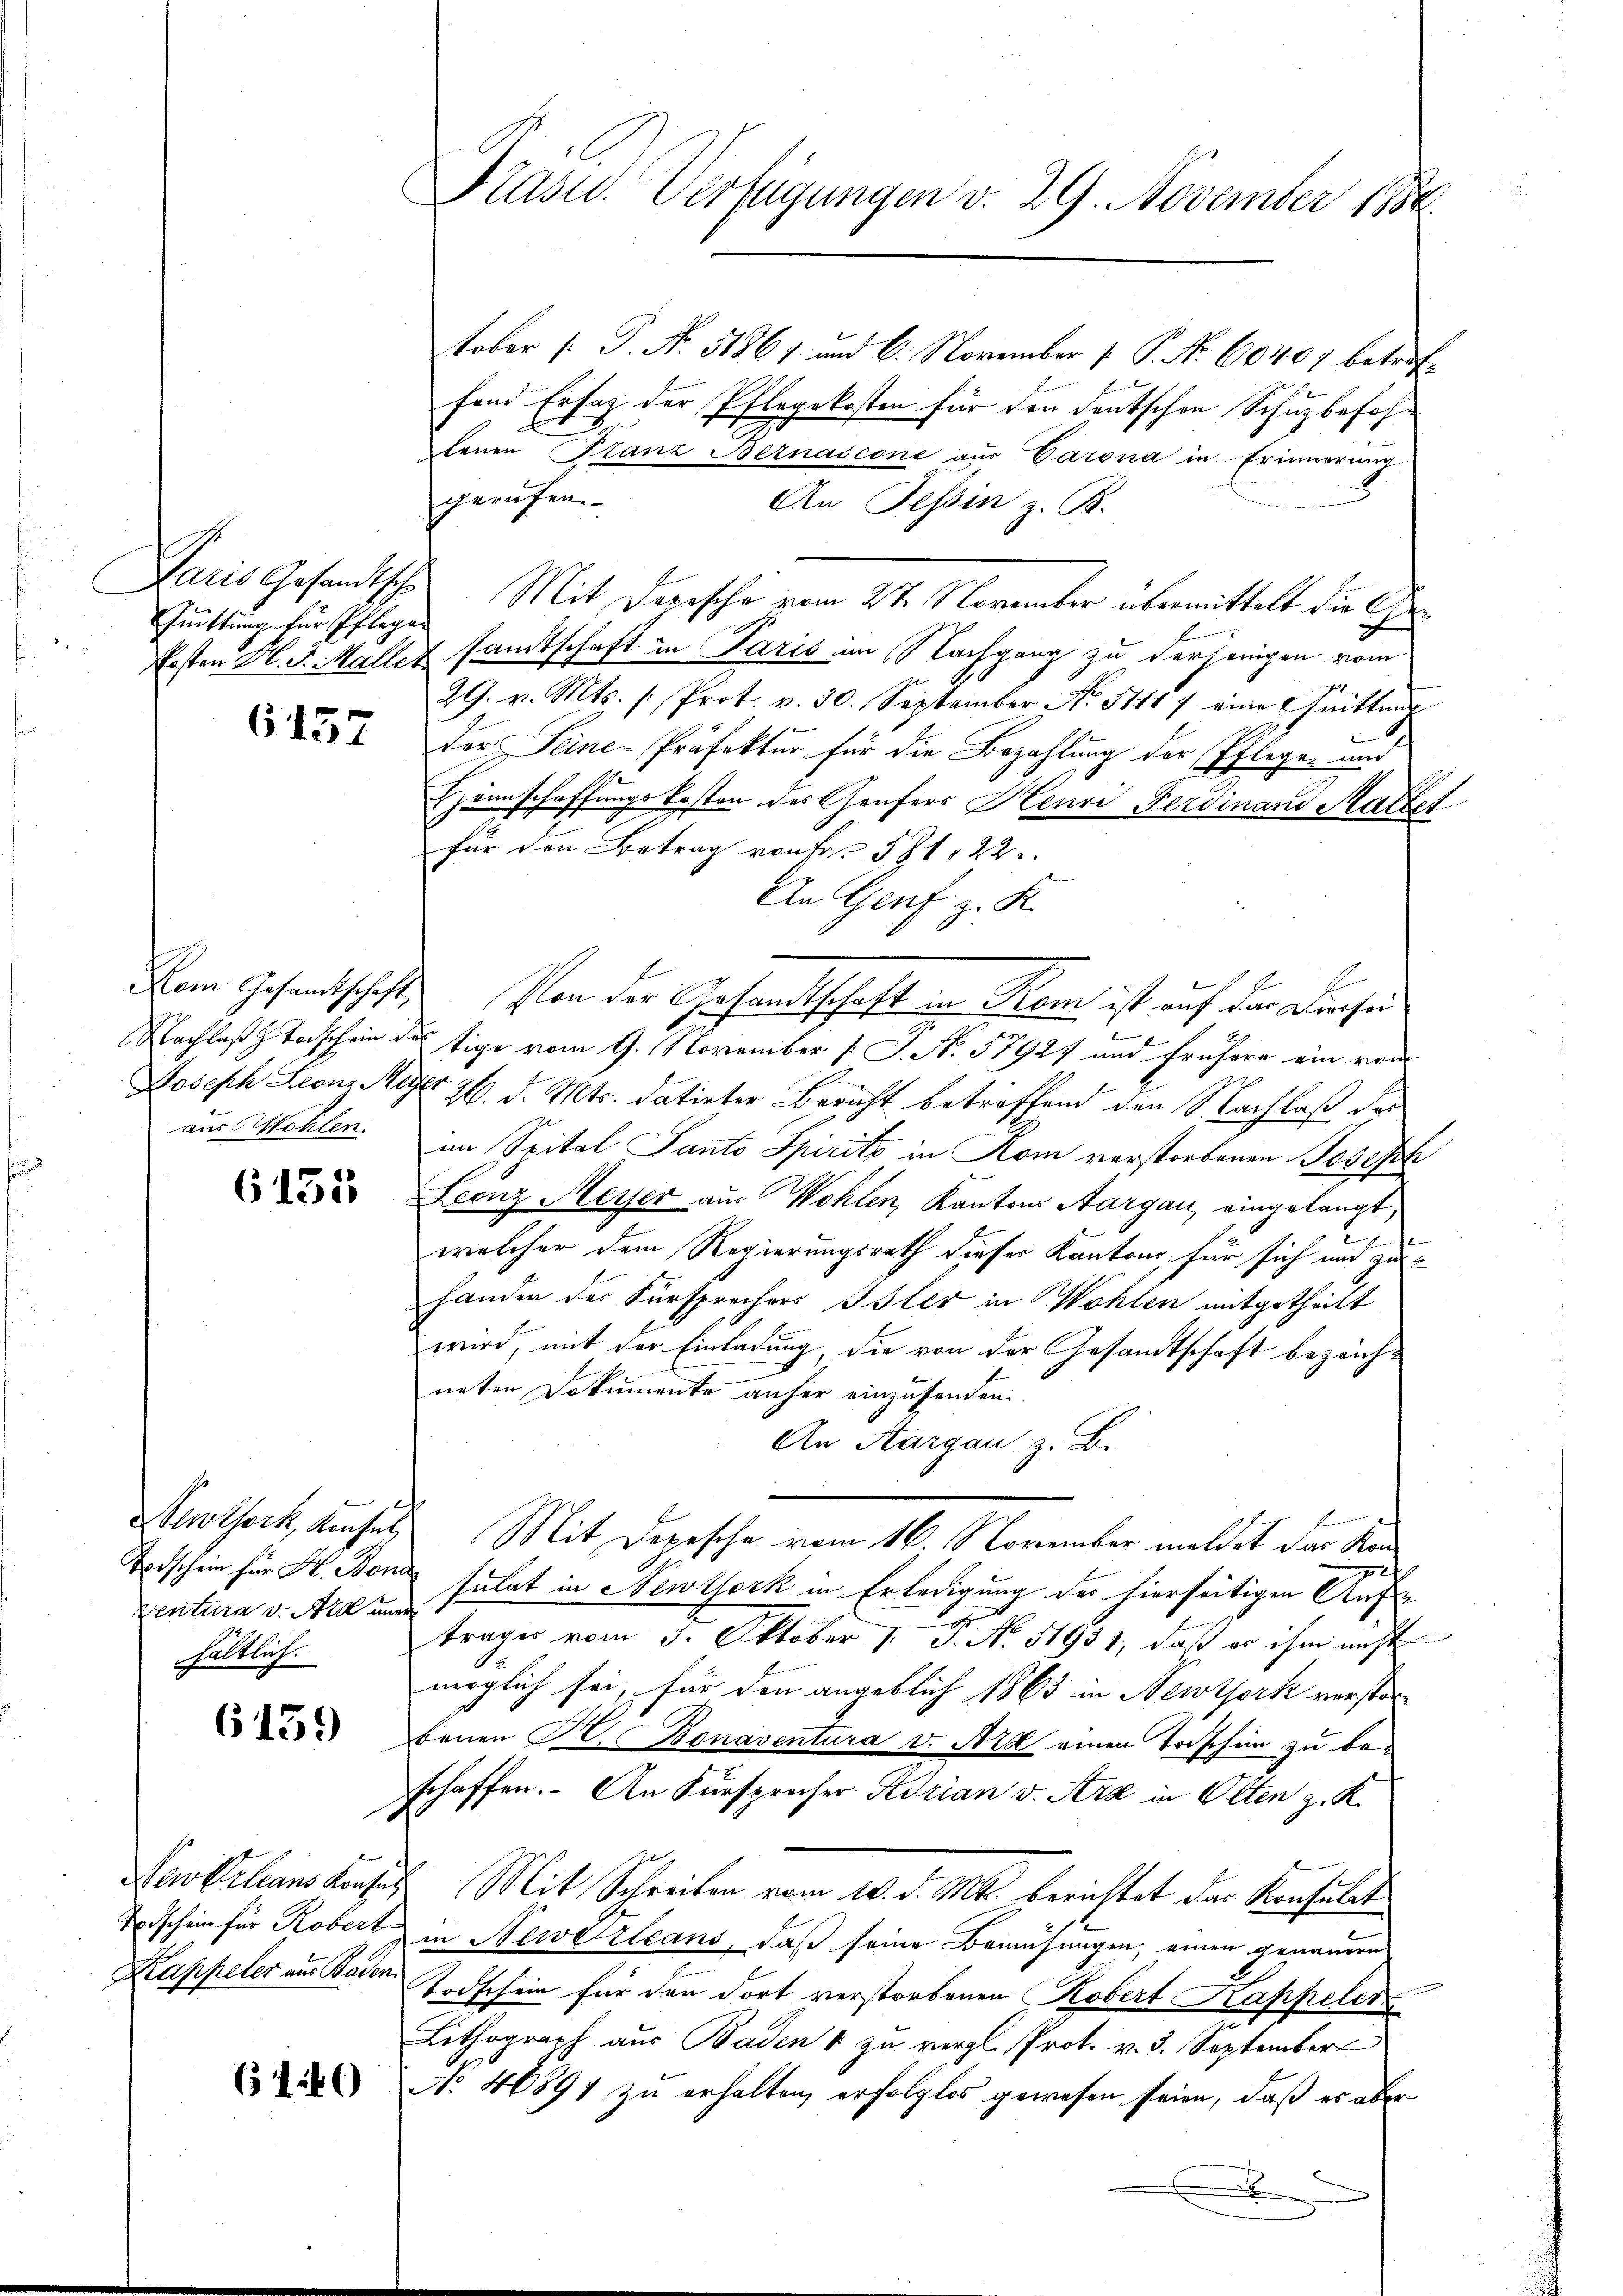
Quittung für Pflegen

6457

6135

Ventura v. A uner
hältlich.

6159

Kappeler aus Baden

6440

tober [P. No. 51867 und 6. November [ P. Nr. 60407 betreffend Ersatz der Pflegekosten für den deutschen Schutzbefohlenen Franz Bernascone aŭs Carona in Erinnerung
gerufen.
An Tessin z. B.
Paris Gesandtsche Mit dersche vom 24. November übermittelt die Che
Ersten H. d. Mallet samtschaft in Paris im Nachgang zu derjenigen vom
29. v. Mts. (: Prot. v. 30. September No. 5111 7. eine Frittŭng
Der Seine-Präfektur für die Bezahlung der Pflegen und
Zennschaffungskosten des Genfers Henri Ferdinand Martet
Für den Betrag von Fr. 581, 22
An Genf z. K.
Dem Gesandtschaft von der Gesandtschaft in Kam ist auf der Konsei
Nachlaß Todschein das Eige vom 9. November [ J. No. 57927 und frühere ein von
Joseph Leonz Wiger 26. d. Mts. datirter Bericht betreffend den Nachlaß der
aus Mehlen. Im Spital Panto Spiritz in Rom verstorbenen Joseph
Franz Meyer aus Wohlen, Kantons Aargau, eingelangt,
e
welcher dem Regierungsrath dieses Kantons, für sich und zuhanden der Fürsprechers Isler in Wohlen mitgetheilt
wird, mit der Einladung die von der Gesandtschaft bezeichneten Dokumente anher einzusenden.
An Aargau z. B.
Serothock, Konses Mit Depesche vom 16. November meldet das Kan¬
Todschein für H. Bona sulat in Newtork in Erledigung der hierseitigen Auftrages vom 3. Oktober 1. P. No. 51931, daß es ihm nicht
möglich sei, für den angeblich 1863 in Newtork versten
benen H. Bonaventura v. Art einen Todschein zu beschaffen. An Fürsprocher Adrian v. Arz in Olten z. K.
Purkilians Konses Mit Schreiben vom 10. d. Mts. berichtet der Konsulat
Todschein für Rober in Newarleans, daß seine Bemühungen, einen genauern
Todschein für den dort verstorbenen Robert Kappeler
Lithograph aus Baden 1 zu vergl. Prot. v. 3. September
No 46894 zu erhalten, erfolglos gewesen seien, daß es aber
x

Präsid.. Verfügungen v. 29. November 1886